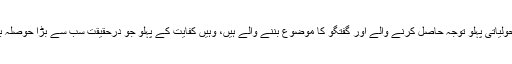
رگھو کا کہنا ہے کہ جہاں کارپولنگ کے سماجی اور ماحولیاتی پہلو توجہ حاصل کرنے والے اور گفتگو کا موضوع بننے والے ہیں، وہیں کفایت کے پہلو جو درحقیقت سب سے بڑا حوصلہ بخش واقع ہوتے ہیں، ان پر زیادہ توجہ نہیں دی جاتی ہے۔